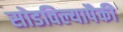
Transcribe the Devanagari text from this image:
सोडविल्यापैकी